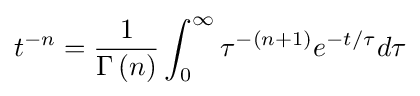
t^{-n}={\frac {1}{\Gamma \left(n\right)}}\int _{0}^{\infty }\tau ^{-\left(n+1\right)}e^{-t/\tau }d\tau